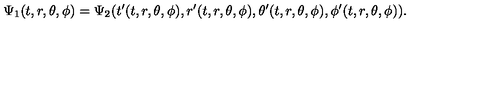
\Psi _ { 1 } ( t , r , \theta , \phi ) = \Psi _ { 2 } ( t ^ { \prime } ( t , r , \theta , \phi ) , r ^ { \prime } ( t , r , \theta , \phi ) , \theta ^ { \prime } ( t , r , \theta , \phi ) , \phi ^ { \prime } ( t , r , \theta , \phi ) ) .